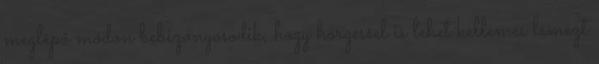
meglepő módon bebizonyosodik, hogy hörgéssel is lehet kellemes lemezt